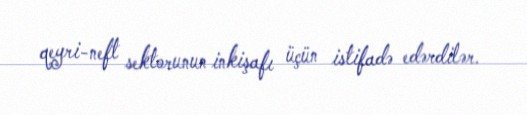
qeyri-neft sektorunun inkişafı üçün istifadə edərdilər.